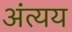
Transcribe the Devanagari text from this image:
अंत्यय